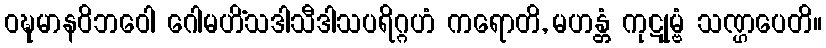
ဝဍ္ဎမာနဝိဘဝေါ ဂေါမဟိံသဒါသီဒါသပရိဂ္ဂဟံ ကရောတိ, မဟန္တံ ကုဋုမ္ဗံ သဏ္ဌပေတိ။